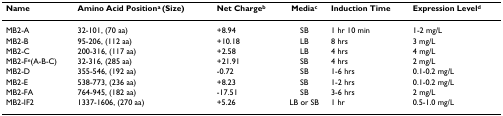
<table><thead><tr><td><b>Name</b></td><td><b>Amino Acid Position<sup>a </sup>(Size)</b></td><td><b>Net Charge<sup>b</sup></b></td><td><b>Media<sup>c</sup></b></td><td><b>Induction Time</b></td><td><b>Expression Level<sup>d</sup></b></td></tr></thead><tbody><tr><td>MB2-A</td><td>32-101, (70 aa)</td><td>+8.94</td><td>SB</td><td>1 hr 10 min</td><td>1-2 mg/L</td></tr><tr><td>MB2-B</td><td>95-206, (112 aa)</td><td>+10.18</td><td>LB</td><td>8 hrs</td><td>3 mg/L</td></tr><tr><td>MB2-C</td><td>200-316, (117 aa)</td><td>+2.58</td><td>LB</td><td>4 hrs</td><td>4 mg/L</td></tr><tr><td>MB2-F<sup>e</sup>(A-B-C)</td><td>32-316, (285 aa)</td><td>+21.91</td><td>SB</td><td>4 hrs</td><td>2 mg/L</td></tr><tr><td>MB2-D</td><td>355-546, (192 aa)</td><td>-0.72</td><td>SB</td><td>1-6 hrs</td><td>0.1-0.2 mg/L</td></tr><tr><td>MB2-E</td><td>538-773, (236 aa)</td><td>+8.23</td><td>SB</td><td>1-2 hrs</td><td>0.1-0.2 mg/L</td></tr><tr><td>MB2-FA</td><td>764-945, (182 aa)</td><td>-17.51</td><td>SB</td><td>3-6 hrs</td><td>2 mg/L</td></tr><tr><td>MB2-IF2</td><td>1337-1606, (270 aa)</td><td>+5.26</td><td>LB or SB</td><td>1 hr</td><td>0.5-1.0 mg/L</td></tr></tbody></table>